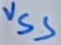
Text: VSS